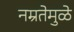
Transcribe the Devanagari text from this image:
नम्रतेमुळे